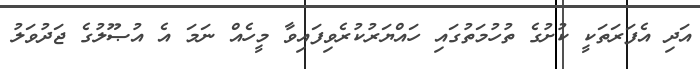
އަދި އެފަރަތަކީ ކުށުގެ ތުހުމަތުގައި ހައްޔަރުކުރެވިފައިވާ މީހެއް ނަމަ އެ އުޞޫލުގެ ޖަދުވަލު